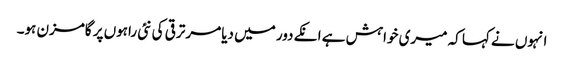
انہوں نے کہا کہ میری خواہش ہے انکے دور میں دیامر ترقی کی نئی راہوں پر گامزن ہو۔